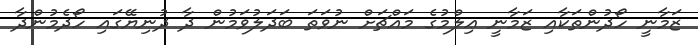
ޒަމާނީ ހޯދުންތަކާއި ޒަމާނީ ޢިލްމުގެ މައްޗަށް ނުވަތަ ބަދަލުވަމުން ދާ ދުނިޔޭގައި ހޯދެމުންދާ